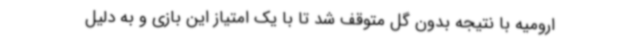
ارومیه با نتیجه بدون گل متوقف شد تا با یک امتیاز این بازی و به دلیل